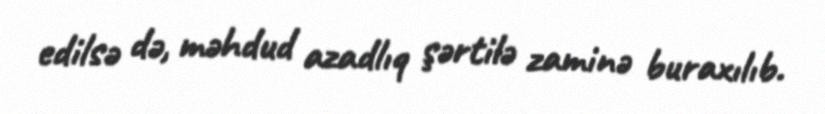
edilsə də, məhdud azadlıq şərtilə zaminə buraxılıb.